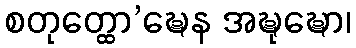
စတုတ္ထော’ဍ္ဎေန အဍ္ဎုဍ္ဎော၊